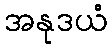
အနုဒယံ